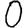
Digit: 0